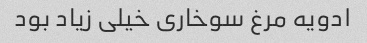
ادویه مرغ سوخاری خیلی زیاد بود